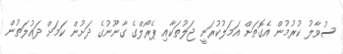
ސުވާލު ކުރުމުން އެގޮތަށް އަމަލުކުރަނީ ޖަލުތަކާއި ޕެރޯލްގެ ގާނޫނުގެ ދަށުން ކަމަށް ދައުލަތުން